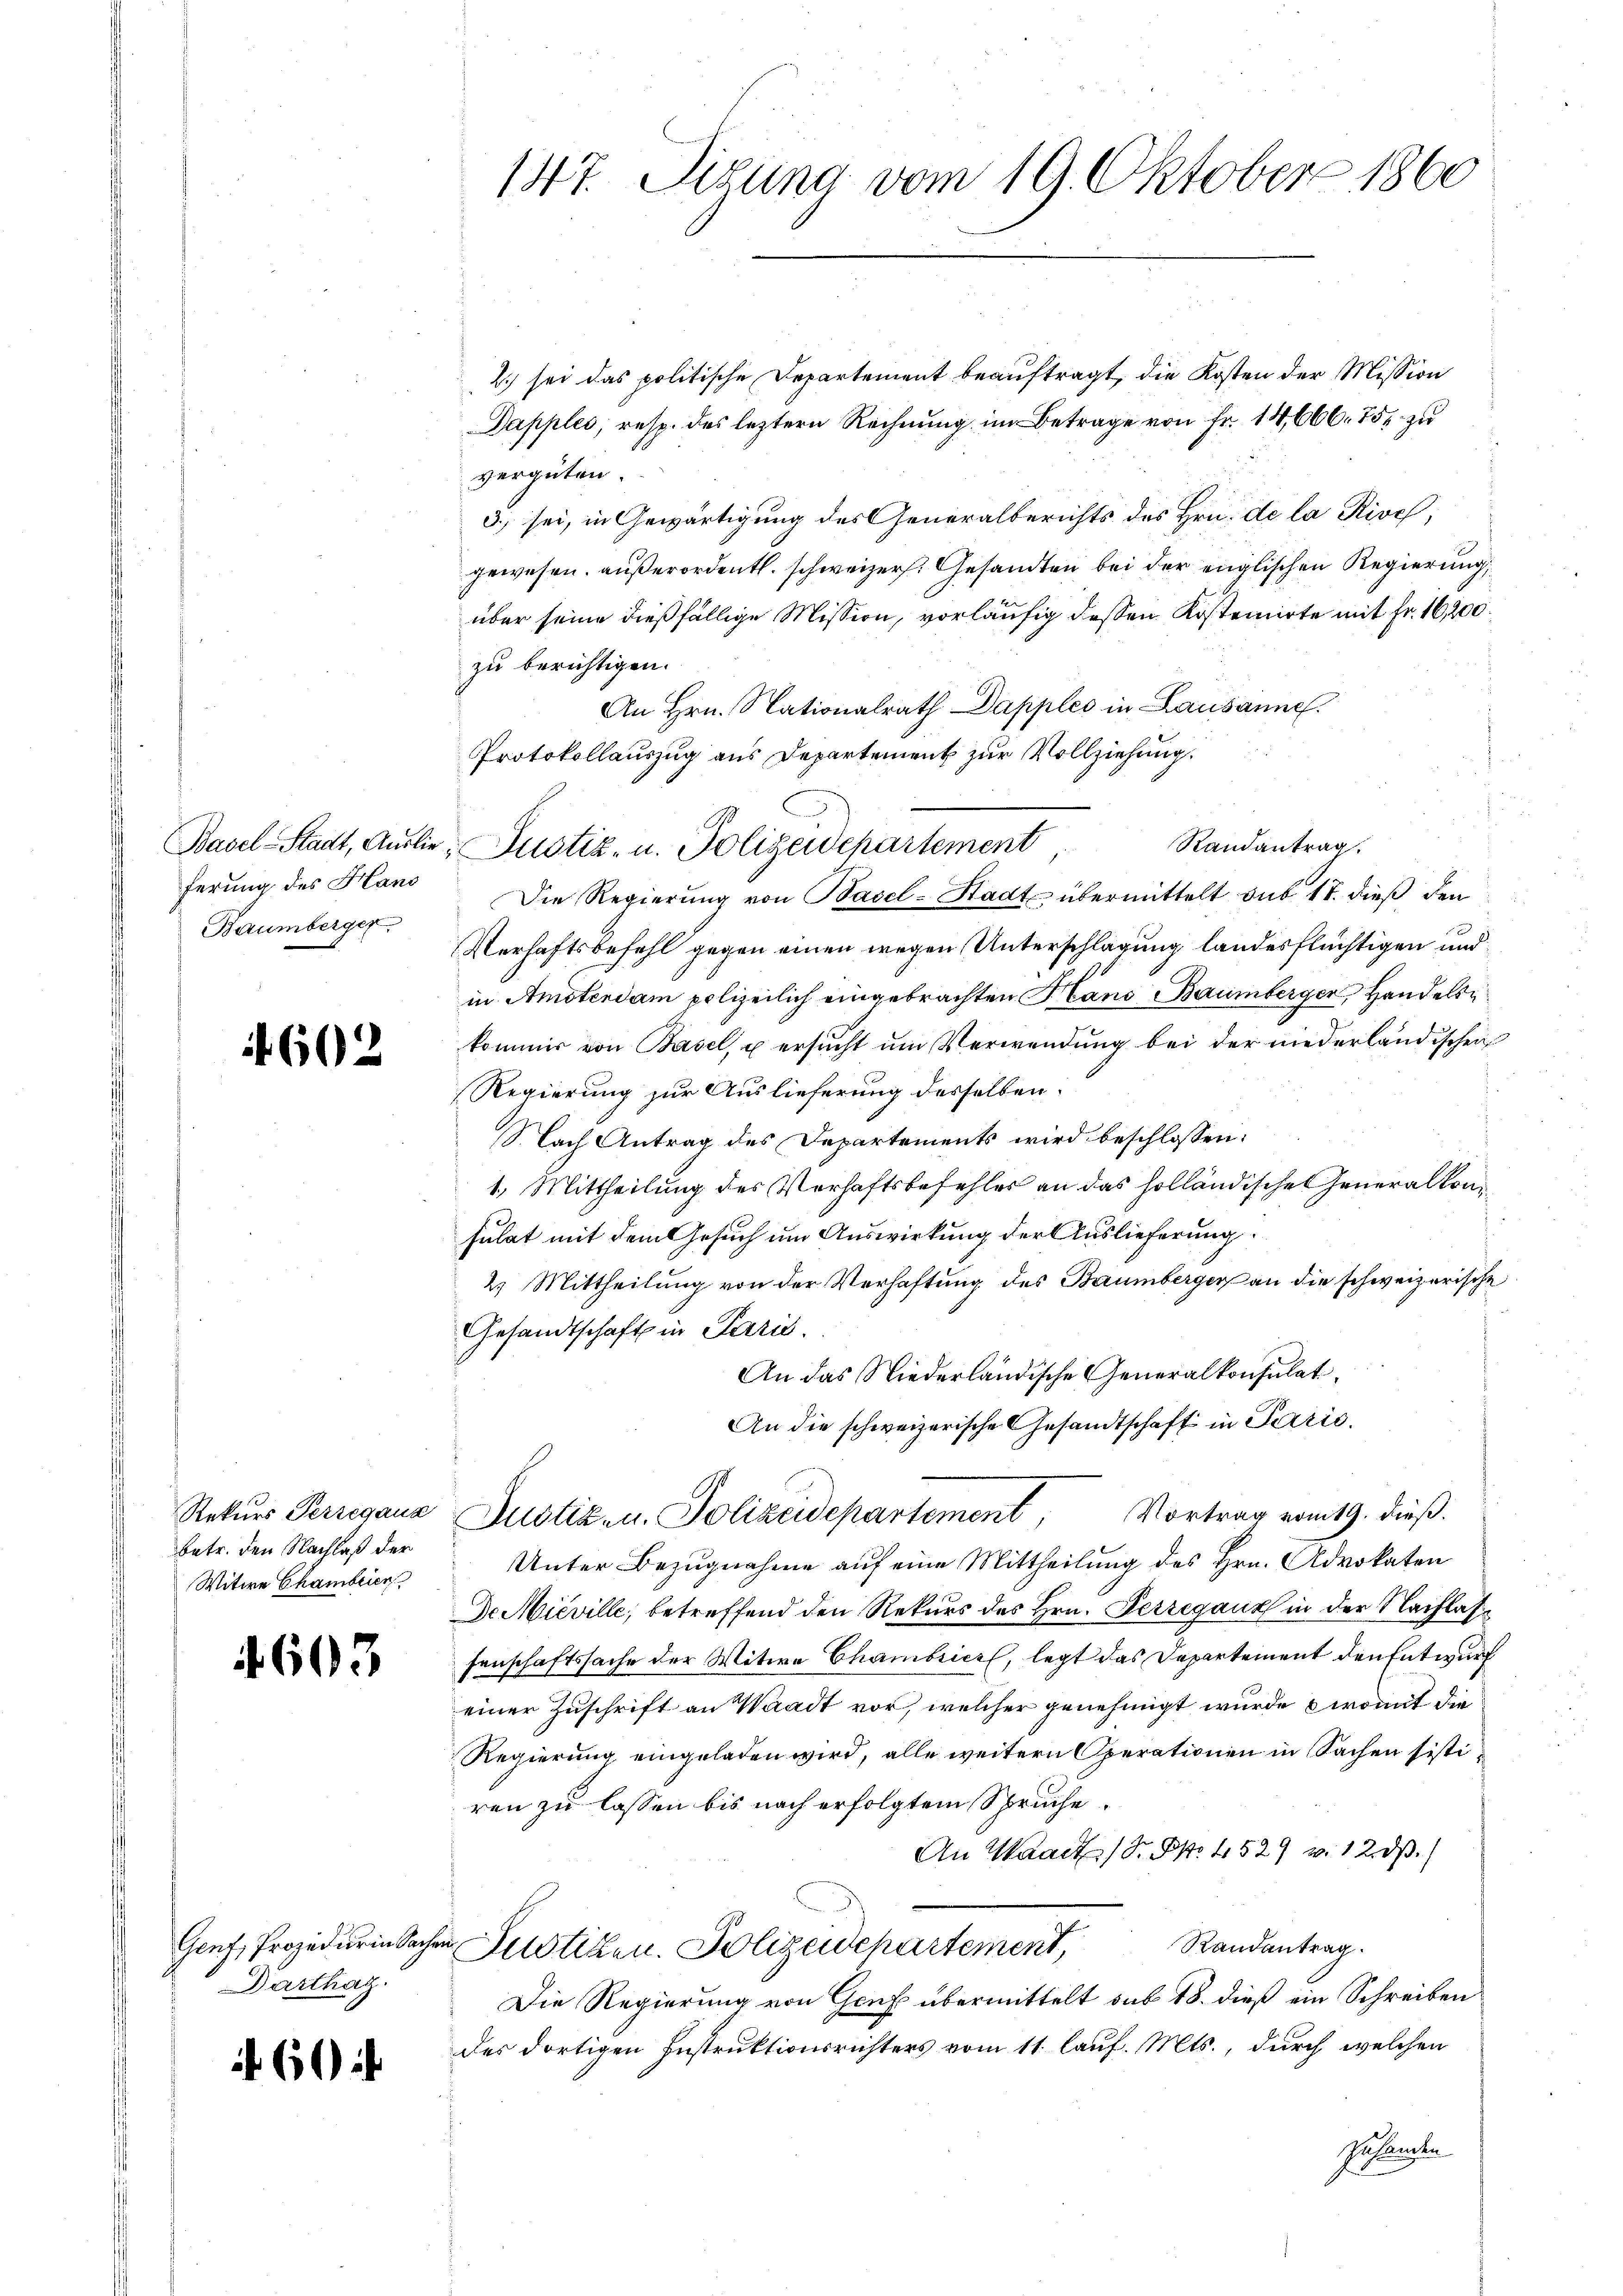
ferung des Hans
Baumberger

betr. den Nachlaß der
Witwe Chambrier

603

Darthag

i

60.

60

2.) sei das politische Departement beauftragt, die Kosten der Mission
Dapples, resp. des leztern Rechnung im Betrage von Fr. 14666. 757 zu
vergüten.
3. sei, in Gewärtigung des Generalberichts des Hrn. De la Risch,
gewesen, außerordentl. schweizer. Gesandten bei der englischen Regierung
über seine dießfällige Mission, vorläufig dessen Kostenirte mit Fr. 16,200.
zu berichtigen.
An Hrn. Nationalrath Dapples in Lausanne.
Protokollauszug aus Departement zur Vollziehung.
Randantrag.
Basel-Stadt, Auslie, Justiz- u. Polizeidepartement,
Die Regierung von Basel-Stadts übermittelt sub 18. dieß den
Verhaftsbefehl gegen einen wegen Unterschlagung landesflüchtigen und
in Ansterdam polizeilich eingebrachten Hans Baumberger Handels
kommer von Basel, u ersucht um Verwendung bei der niederländischen
Regierung zur Auslieferung desselben:
S. Nach Antrag des Departements wird beschlossen:
1. Mittheilung des Verhaftsbefehles an das holländische Generalkonsulat mit dem Gesuch um Auswirkung der Auslieferung.
2. Mittheilung von der Verhaftung des Baumbergers an die schweizerische
Gesandtschaft in Paris.
An das Niederländische Generalkonsulat
An die schweizerische Gesandtschaft in Parić.
Rekurs Perregaua Justiz- u. Polizeidepartement, Vortrag vom 19. dieß.
Unter Bezugnahme auf eine Mittheilung des Hrn. Advokaten
De Mieville, betreffend den Rekurs des Hrn. Pezzegaux in der Nachlass
senschaftssache der Witwe Chambrier, legt das Departement den Entwurf
einer Zuschrift an Waadt vor, welcher genehmigt wurde, womit die
Regierung eingeladen wird, alle weitern Operationen in Sachen sistiren zu lassen bis nach erfolgtem Spruche.
An Waadt Dr. S. 1529 v. 12. ds.
Genf, Prozedur in Sachen Sistiken. Polizeidchartement, Randantrag.
Die Regierung von Genf übermittelt sub 18. dieß ein Schreiben
des dortigen Instruktionsrichters vom 11. lauf. Mts., durch welchen
Erkannten

147. Sizung vom 19. Oktober 1860